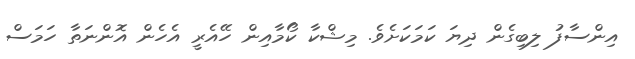
އިންސާފު ލިބިގެން ދިޔަ ކަމަކަށެވެ. މިޝްކާ ކޯމާއިން ހޭއެރީ އެހެން އޮންނަތާ ހަމަސް